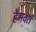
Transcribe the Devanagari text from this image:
हैमवतं